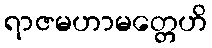
ရာဇမဟာမတ္တေဟိ